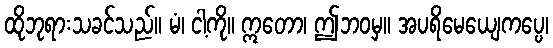
ထိုဘုရားသခင်သည်။ မံ၊ ငါ့ကို။ ဣတော၊ ဤဘဝမှ။ အပရိမေယျေကပ္ပေ၊